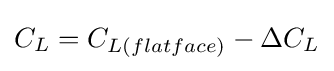
{\textstyle C_{L}=C_{L(flatface)}-\Delta C_{L}}